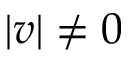
| v | \neq 0